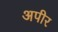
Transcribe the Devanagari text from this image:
अपीर